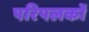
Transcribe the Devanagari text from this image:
परिपलकों